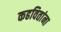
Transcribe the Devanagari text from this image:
कढवितांना